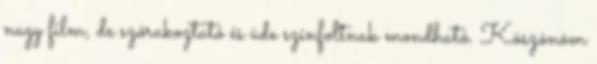
nagy film, de szórakoztató és üde színfoltnak mondható. Köszönöm